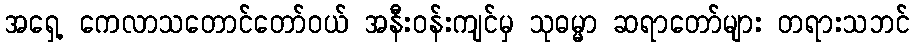
အရှေ့ ကေလာသတောင်တော်ဝယ် အနီးဝန်းကျင်မှ သုဓမ္မာ ဆရာတော်များ တရားသဘင်